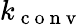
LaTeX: k_{\mathrm{~c~o~n~v~}}